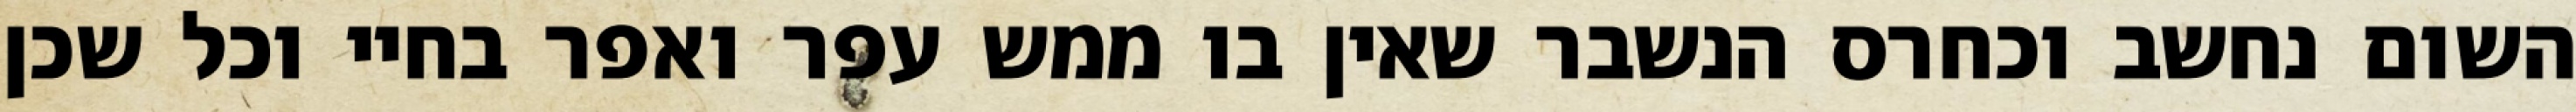
השום נחשב וכחרס הנשבר שאין בו ממש עפר ואפר בחיי וכל שכן